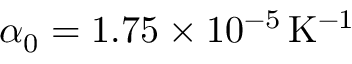
\alpha _ { 0 } = 1 . 7 5 \times 1 0 ^ { - 5 } \, \mathrm { K ^ { - 1 } }